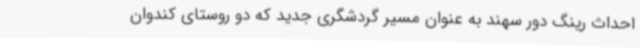
احداث رینگ دور سهند به عنوان مسیر گردشگری جدید که دو روستای کندوان